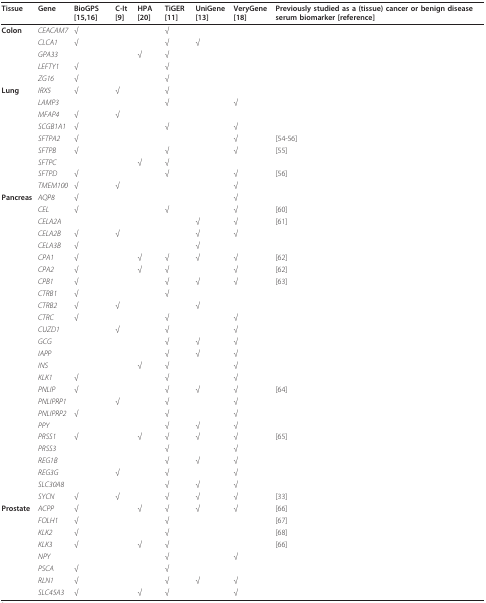
<table><thead><tr><td><b>Tissue</b></td><td><b>Gene</b></td><td><b>BioGPS [15,16]</b></td><td><b>C-It [9]</b></td><td><b>HPA [20]</b></td><td><b>TiGER [11]</b></td><td><b>UniGene [13]</b></td><td><b>VeryGene [18]</b></td><td><b>Previously studied as a (tissue) cancer or benign disease serum biomarker [reference]</b></td></tr></thead><tbody><tr><td><b>Colon</b></td><td><i>CEACAM7</i></td><td>√</td><td></td><td></td><td>√</td><td></td><td></td><td></td></tr><tr><td></td><td><i>CLCA1</i></td><td>√</td><td></td><td></td><td>√</td><td>√</td><td></td><td></td></tr><tr><td></td><td><i>GPA33</i></td><td></td><td></td><td>√</td><td>√</td><td></td><td></td><td></td></tr><tr><td></td><td><i>LEFTY1</i></td><td>√</td><td></td><td></td><td>√</td><td></td><td></td><td></td></tr><tr><td></td><td><i>ZG16</i></td><td>√</td><td></td><td></td><td>√</td><td></td><td></td><td></td></tr><tr><td><b>Lung</b></td><td><i>IRX5</i></td><td>√</td><td>√</td><td></td><td>√</td><td></td><td></td><td></td></tr><tr><td></td><td><i>LAMP3</i></td><td></td><td></td><td></td><td>√</td><td></td><td>√</td><td></td></tr><tr><td></td><td><i>MFAP4</i></td><td>√</td><td>√</td><td></td><td></td><td></td><td></td><td></td></tr><tr><td></td><td><i>SCGB1A1</i></td><td>√</td><td></td><td></td><td>√</td><td></td><td>√</td><td></td></tr><tr><td></td><td><i>SFTPA2</i></td><td>√</td><td></td><td></td><td></td><td></td><td>√</td><td>[54-56]</td></tr><tr><td></td><td><i>SFTPB</i></td><td>√</td><td></td><td></td><td>√</td><td></td><td>√</td><td>[55]</td></tr><tr><td></td><td><i>SFTPC</i></td><td></td><td></td><td>√</td><td>√</td><td></td><td></td><td></td></tr><tr><td></td><td><i>SFTPD</i></td><td>√</td><td></td><td></td><td>√</td><td></td><td>√</td><td>[56]</td></tr><tr><td></td><td><i>TMEM100</i></td><td>√</td><td>√</td><td></td><td></td><td></td><td>√</td><td></td></tr><tr><td><b>Pancreas</b></td><td><i>AQP8</i></td><td>√</td><td></td><td></td><td></td><td></td><td>√</td><td></td></tr><tr><td></td><td><i>CEL</i></td><td>√</td><td></td><td></td><td>√</td><td></td><td>√</td><td>[60]</td></tr><tr><td></td><td><i>CELA2A</i></td><td></td><td></td><td></td><td></td><td>√</td><td>√</td><td>[61]</td></tr><tr><td></td><td><i>CELA2B</i></td><td>√</td><td>√</td><td></td><td></td><td>√</td><td>√</td><td></td></tr><tr><td></td><td><i>CELA3B</i></td><td>√</td><td></td><td></td><td></td><td>√</td><td></td><td></td></tr><tr><td></td><td><i>CPA1</i></td><td>√</td><td></td><td>√</td><td>√</td><td>√</td><td>√</td><td>[62]</td></tr><tr><td></td><td><i>CPA2</i></td><td>√</td><td></td><td>√</td><td>√</td><td></td><td>√</td><td>[62]</td></tr><tr><td></td><td><i>CPB1</i></td><td>√</td><td></td><td></td><td>√</td><td>√</td><td>√</td><td>[63]</td></tr><tr><td></td><td><i>CTRB1</i></td><td>√</td><td></td><td></td><td>√</td><td></td><td></td><td></td></tr><tr><td></td><td><i>CTRB2</i></td><td>√</td><td>√</td><td></td><td></td><td>√</td><td></td><td></td></tr><tr><td></td><td><i>CTRC</i></td><td>√</td><td></td><td></td><td>√</td><td></td><td>√</td><td></td></tr><tr><td></td><td><i>CUZD1</i></td><td></td><td>√</td><td></td><td>√</td><td></td><td>√</td><td></td></tr><tr><td></td><td><i>GCG</i></td><td></td><td></td><td></td><td>√</td><td>√</td><td>√</td><td></td></tr><tr><td></td><td><i>IAPP</i></td><td></td><td></td><td></td><td>√</td><td>√</td><td>√</td><td></td></tr><tr><td></td><td><i>INS</i></td><td></td><td></td><td>√</td><td>√</td><td></td><td>√</td><td></td></tr><tr><td></td><td><i>KLK1</i></td><td>√</td><td></td><td></td><td>√</td><td></td><td>√</td><td></td></tr><tr><td></td><td><i>PNLIP</i></td><td>√</td><td></td><td></td><td>√</td><td>√</td><td>√</td><td>[64]</td></tr><tr><td></td><td><i>PNLIPRP1</i></td><td></td><td>√</td><td></td><td>√</td><td></td><td>√</td><td></td></tr><tr><td></td><td><i>PNLIPRP2</i></td><td>√</td><td></td><td></td><td>√</td><td></td><td>√</td><td></td></tr><tr><td></td><td><i>PPY</i></td><td></td><td></td><td></td><td>√</td><td>√</td><td>√</td><td></td></tr><tr><td></td><td><i>PRSS1</i></td><td>√</td><td></td><td>√</td><td>√</td><td>√</td><td>√</td><td>[65]</td></tr><tr><td></td><td><i>PRSS3</i></td><td></td><td></td><td></td><td>√</td><td></td><td>√</td><td></td></tr><tr><td></td><td><i>REG1B</i></td><td></td><td></td><td></td><td>√</td><td>√</td><td>√</td><td></td></tr><tr><td></td><td><i>REG3G</i></td><td></td><td>√</td><td></td><td>√</td><td></td><td>√</td><td></td></tr><tr><td></td><td><i>SLC30A8</i></td><td></td><td></td><td></td><td>√</td><td>√</td><td>√</td><td></td></tr><tr><td></td><td><i>SYCN</i></td><td>√</td><td>√</td><td></td><td>√</td><td>√</td><td>√</td><td>[33]</td></tr><tr><td><b>Prostate</b></td><td><i>ACPP</i></td><td>√</td><td></td><td>√</td><td>√</td><td>√</td><td>√</td><td>[66]</td></tr><tr><td></td><td><i>FOLH1</i></td><td>√</td><td></td><td></td><td>√</td><td></td><td></td><td>[67]</td></tr><tr><td></td><td><i>KLK2</i></td><td>√</td><td></td><td></td><td>√</td><td></td><td></td><td>[68]</td></tr><tr><td></td><td><i>KLK3</i></td><td>√</td><td></td><td>√</td><td>√</td><td></td><td></td><td>[66]</td></tr><tr><td></td><td><i>NPY</i></td><td></td><td></td><td></td><td>√</td><td></td><td>√</td><td></td></tr><tr><td></td><td><i>PSCA</i></td><td>√</td><td></td><td></td><td>√</td><td></td><td></td><td></td></tr><tr><td></td><td><i>RLN1</i></td><td>√</td><td></td><td></td><td>√</td><td>√</td><td>√</td><td></td></tr><tr><td></td><td><i>SLC45A3</i></td><td>√</td><td></td><td>√</td><td>√</td><td></td><td>√</td><td></td></tr></tbody></table>